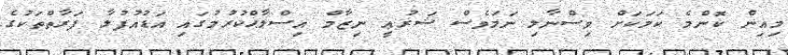
މިއިން ކޮންމެ ކަމަކަށް ވިސްނާލި ނަމަވެސް ޝަރުޢީ ނިޒާމް އިސްލާޙްކުރުމުގައި އަޑުއުފުލާ ފަރާތްތަކުގެ